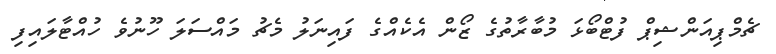
ޗެމްޕިއަންޝިޕް ފުޓްބޯޅަ މުބާރާތުގެ ޒޯން އެކެއްގެ ފައިނަލު މެޗު މައްސަލަ ހޫނުވެ ހުއްޓާލައިފި